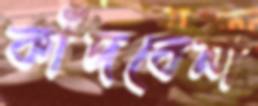
কাঁদবেনা